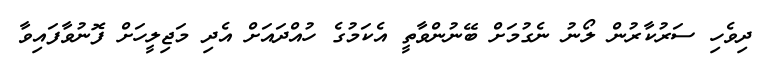
ދިވެހި ސަރުކާރުން ލޯނު ނެގުމަށް ބޭނުންވާތީ އެކަމުގެ ހުއްދައަށް އެދި މަޖިލީހަށް ފޮނުވާފައިވާ